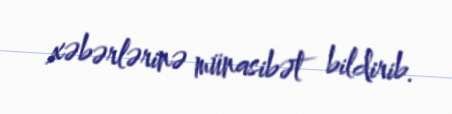
xəbərlərinə münasibət bildirib.